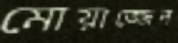
মোয়াজ্জেন